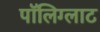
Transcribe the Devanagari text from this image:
पॉलिग्लाट